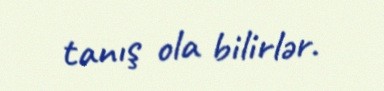
tanış ola bilirlər.